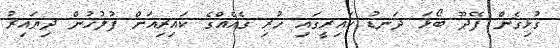
ގުޅިގެން ފޭދޫ ބޯޅަ ދަނޑު ކައިރީގައި ހުރި ގެއެއްގެ ކައިރިއަށް ފުލުހުން ދިޔައިރު